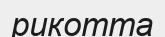
рикотта